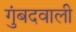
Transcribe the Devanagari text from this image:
गुंबदवाली